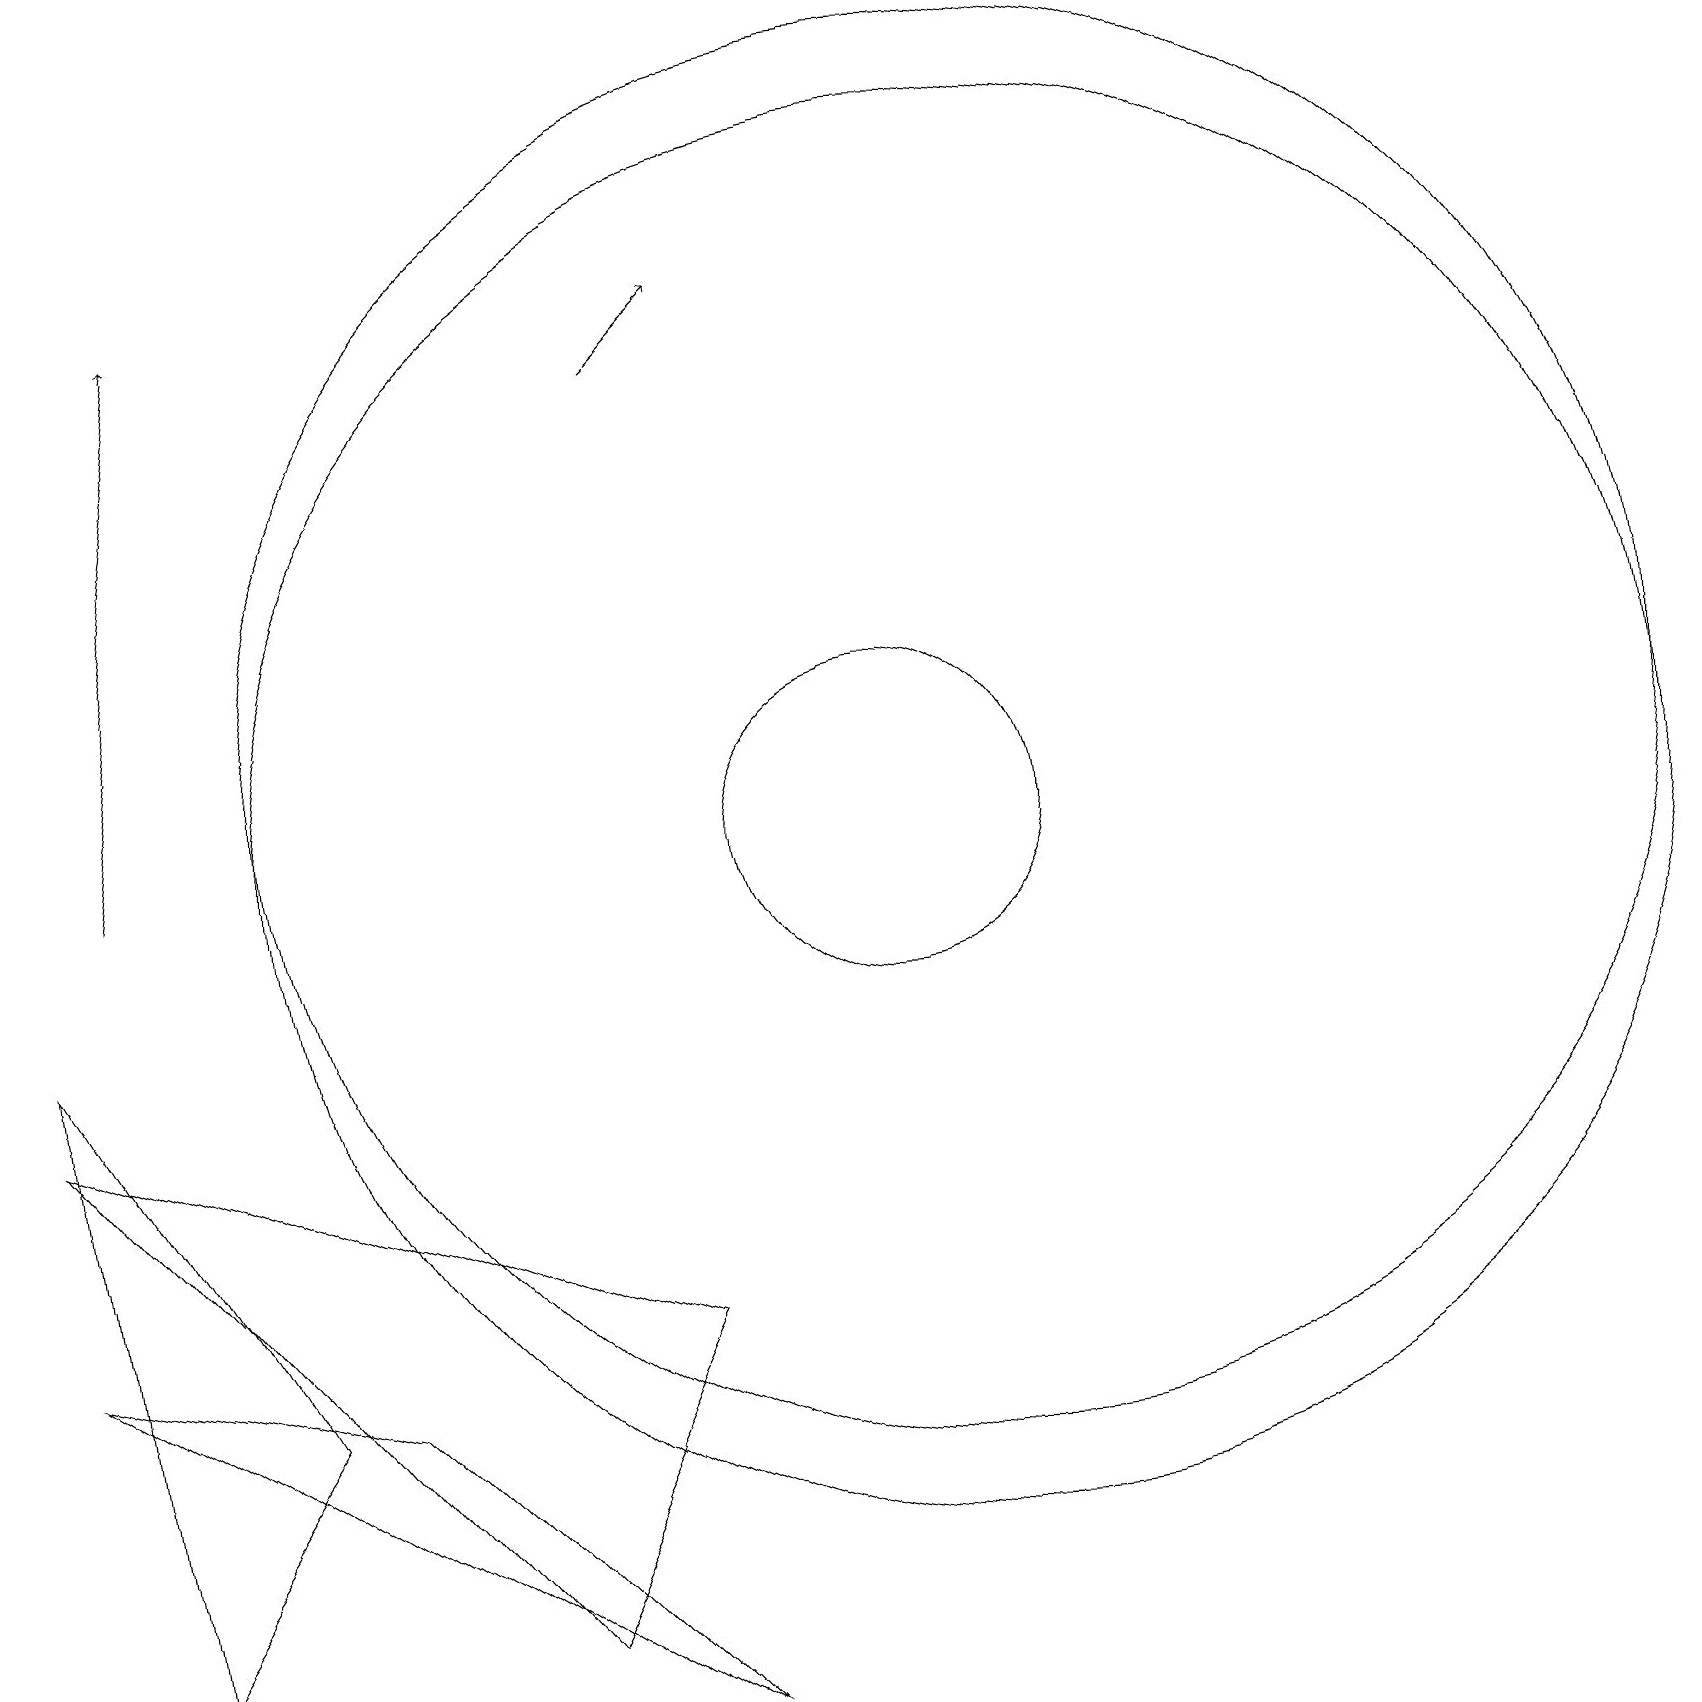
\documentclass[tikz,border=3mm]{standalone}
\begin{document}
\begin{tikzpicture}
\draw (0,8) -- (8,5) -- (6,1) -- cycle;
\draw[->] (8,17) -- (9,18);
\draw (12,11) circle (9);
\draw (3,4) -- (1,1) -- (0,9) -- cycle;
\draw[->] (1,11) -- (2,18);
\draw (11,11) circle (2);
\draw (12,12) circle (9);
\draw (4,4) -- (0,5) -- (8,0) -- cycle;
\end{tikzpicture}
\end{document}